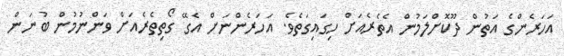
އަހަރެންގެ އަތުން ދޫކޮށްލަމުން އެތެރެއަށް ހިގައިގަތެވެ. އަހަރެންނަށް އެގޭ ގޯތިތެރެއަށް ވަންނުމުން ބުނަން